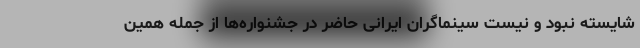
شایسته نبود و نیست سینماگران ایرانی حاضر در جشنواره‌ها از جمله همین